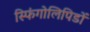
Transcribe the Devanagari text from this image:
स्फिंगोलिपिडों